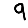
Digit: 9